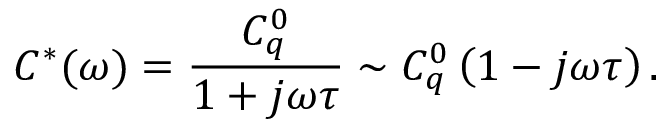
C ^ { * } ( \omega ) = \frac { C _ { q } ^ { 0 } } { 1 + j \omega \tau } \sim C _ { q } ^ { 0 } \left( 1 - j \omega \tau \right) .